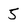
Character: 5